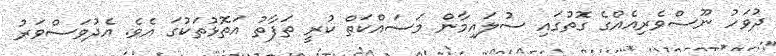
ދުވަހު ނޫސްވެރިއެއްގެ ގޮތުގައި ސުލައިމާން މަސައްކަތް ކުރީ ތަފާތު އަތޮޅުތަކުގަ އެވެ. އެދުވަސްވަރު